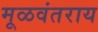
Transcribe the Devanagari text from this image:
मूळवंतराय